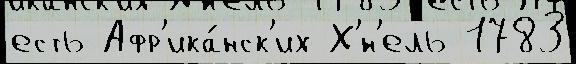
есть Афр'ика́нск'их Х'́н'ель 1783